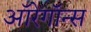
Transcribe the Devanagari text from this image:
ऑरेगॉन्स